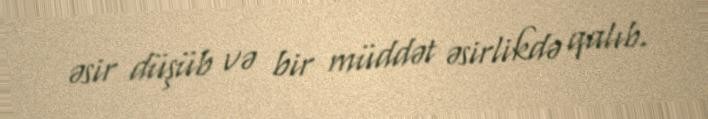
əsir düşüb və bir müddət əsirlikdə qalıb.